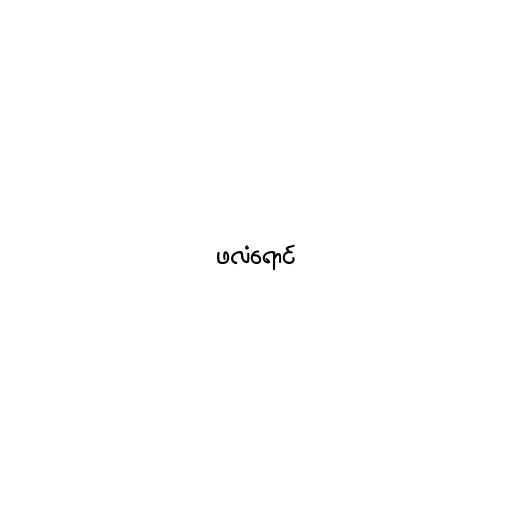
ဖလံရောင်